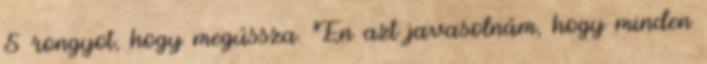
5 rongyot, hogy megússza. Én azt javasolnám, hogy minden